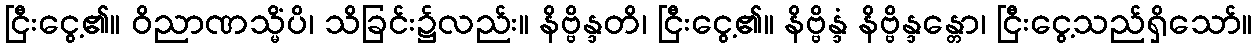
ငြီးငွေ့၏။ ဝိညာဏသ္မိံပိ၊ သိခြင်း၌လည်း။ နိဗ္ဗိန္ဒတိ၊ ငြီးငွေ့၏။ နိဗ္ဗိန္ဒံ နိဗ္ဗိန္ဒန္တော၊ ငြီးငွေ့သည်ရှိသော်။